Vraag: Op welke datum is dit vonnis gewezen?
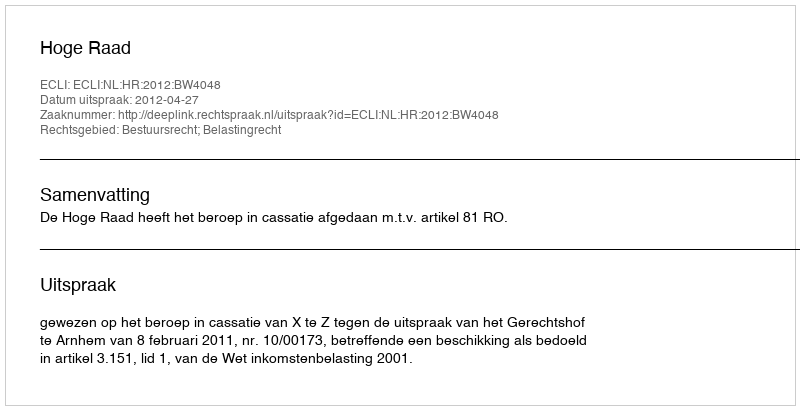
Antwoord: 2012-04-27